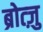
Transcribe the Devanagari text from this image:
ब्रोत्ज़ु